Report on vaccination North-West Frontier Province 1904-1922 - 1904-1922
Year: 1904
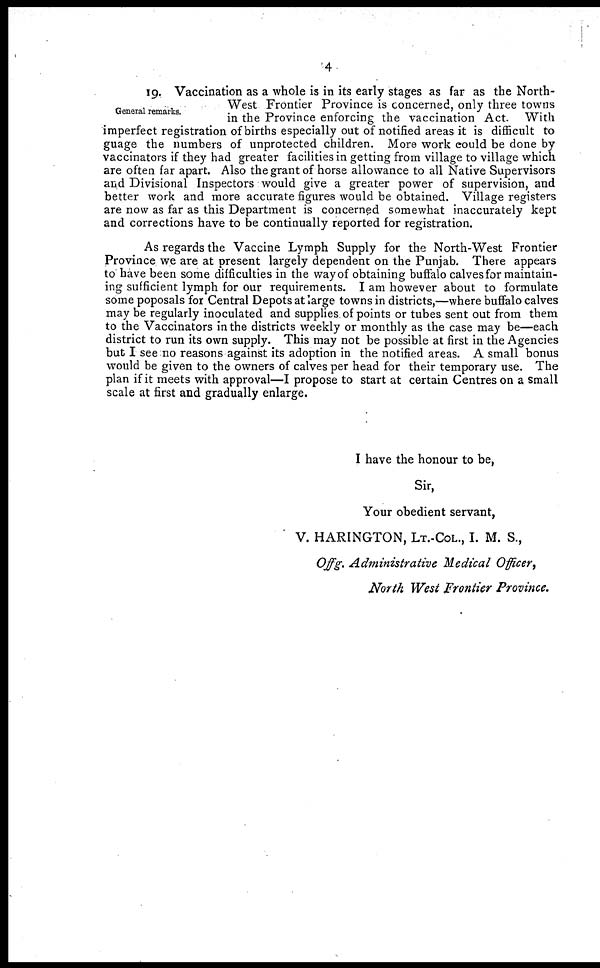
4
General remarks.
19. Vaccination as a whole is in its early stages as far as the North-
West Frontier Province is concerned, only three towns
in the Province enforcing the vaccination Act. With
imperfect registration of births especially out of notified areas it is difficult to
guage the numbers of unprotected children. More work could be done by
vaccinators if they had greater facilities in getting from village to village which
are often far apart. Also the grant of horse allowance to all Native Supervisors
and Divisional Inspectors would give a greater power of supervision, and
better work and more accurate figures would be obtained. Village registers
are now as far as this Department is concerned somewhat inaccurately kept
and corrections have to be continually reported for registration.
As regards the Vaccine Lymph Supply for the North-West Frontier
Province we are at present largely dependent on the Punjab. There appears
to have been some difficulties in the way of obtaining buffalo calves for maintain-
ing sufficient lymph for our requirements. I am however about to formulate
some poposals for Central Depots at large towns in districts,—where buffalo calves
may be regularly inoculated and supplies of points or tubes sent out from them
to the Vaccinators in the districts weekly or monthly as the case may be—each
district to run its own supply. This may not be possible at first in the Agencies
but I see no reasons against its adoption in the notified areas. A small bonus
would be given to the owners of calves per head for their temporary use. The
plan if it meets with approval—I propose to start at certain Centres on a small
scale at first and gradually enlarge.
I have the honour to be,
Sir,
Your obedient servant,
V. HARINGTON, LT.-COL., I. M. S.,
Offg. Administrative Medical Officer,
North West Frontier Province.